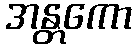
အန္တကော